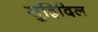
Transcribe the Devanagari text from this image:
सुह्रिदिल